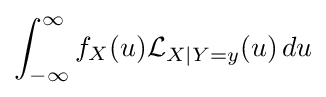
\int _{-\infty }^{\infty }f_{X}(u){\mathcal {L}}_{X\mid Y=y}(u)\,du